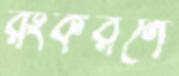
রংকরণে